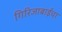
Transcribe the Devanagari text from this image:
गिरिजाबाईंचा